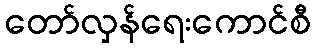
တော်လှန်ရေးကောင်စီ